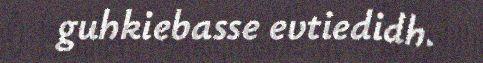
guhkiebasse evtiedidh.